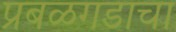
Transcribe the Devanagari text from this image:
प्रबळगडाचा